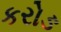
કરોઙ